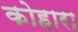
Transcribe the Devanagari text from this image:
कोहारा